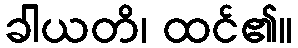
ခါယတိ၊ ထင်၏။